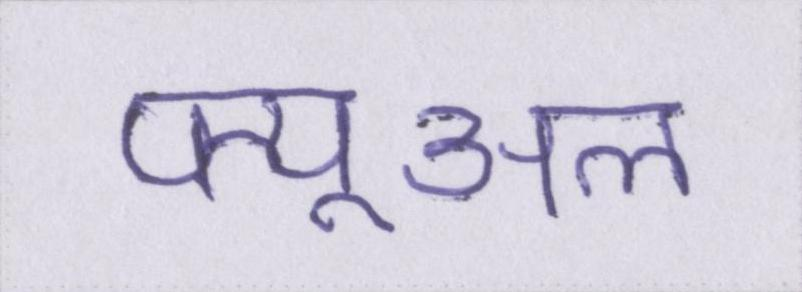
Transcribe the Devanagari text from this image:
फ्यूअल